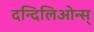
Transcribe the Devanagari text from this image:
दन्दिलिओन्स्